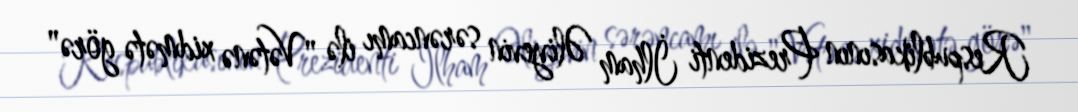
Respublikasının Prezidenti İlham Əliyevin sərəncamı ilə "Vətənə xidmətə görə"